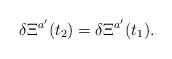
LaTeX: \begin{align*}\delta\Xi^{a'}(t_{2})=\delta\Xi^{a'}(t_{1}).\end{align*}